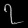
Digit: ၇